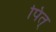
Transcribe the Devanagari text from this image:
पित्